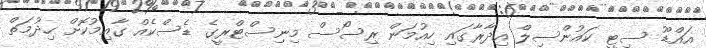
އައްޑޫ ސިޓީ ކައުންސިލް އިދާރާގައި ހިއުމަން ރިސޯސް މިނިސްޓްރީގެ ޑެސްކެއް ގާއިމުކޮށް ހިދުމަތް